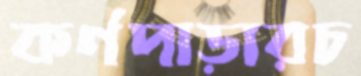
কর্ণপাড়ারচ